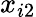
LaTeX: x_{i2}